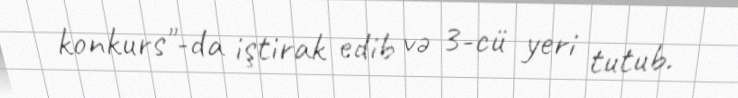
konkurs"-da iştirak edib və 3-cü yeri tutub.